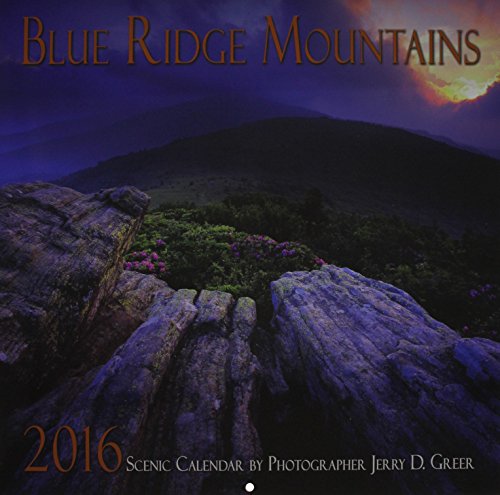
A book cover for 2016 Blue Ridge Mountains Scenic Wall Calendar; Calendars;